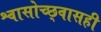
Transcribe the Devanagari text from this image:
श्वासोच्छ्वासही